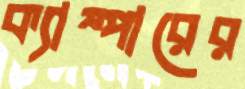
ক্যাম্পারের